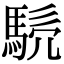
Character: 𩣤